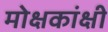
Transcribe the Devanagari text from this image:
मोक्षकांक्षी